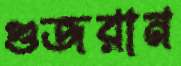
গুজরান